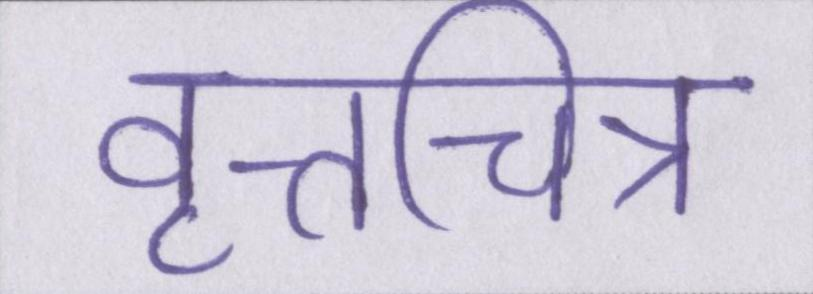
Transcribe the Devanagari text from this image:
वृत्तचित्र